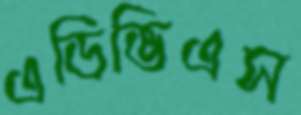
এডিভিএস